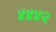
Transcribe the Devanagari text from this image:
४४४२